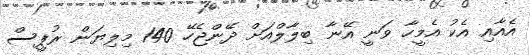
އެއާއި އެކު އެމީހާ ވަނީ އޭނާ ބިލާލްއަށް ދޭންޖެހޭ 140 މިލިޔަން ރުޕީސް